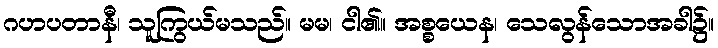
ဂဟပတာနီ၊ သူကြွယ်မသည်။ မမ၊ ငါ၏။ အစ္စယေန၊ သေလွန်သောအခါ၌။